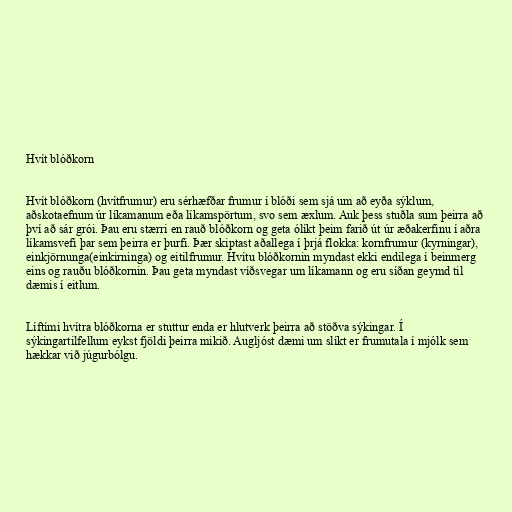
Hvít blóðkorn

Hvít blóðkorn (hvítfrumur) eru sérhæfðar frumur í blóði sem sjá um að eyða sýklum,
aðskotaefnum úr líkamanum eða líkamspörtum, svo sem æxlum. Auk þess stuðla sum þeirra að
því að sár grói. Þau eru stærri en rauð blóðkorn og geta ólíkt þeim farið út úr æðakerfinu í aðra
líkamsvefi þar sem þeirra er þurfi. Þær skiptast aðallega í þrjá flokka: kornfrumur (kyrningar),
einkjörnunga(einkirninga) og eitilfrumur. Hvítu blóðkornin myndast ekki endilega í beinmerg
eins og rauðu blóðkornin. Þau geta myndast víðsvegar um líkamann og eru síðan geymd til
dæmis í eitlum.

Líftími hvítra blóðkorna er stuttur enda er hlutverk þeirra að stöðva sýkingar. Í
sýkingartilfellum eykst fjöldi þeirra mikið. Augljóst dæmi um slíkt er frumutala í mjólk sem
hækkar við júgurbólgu.